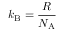
k _ { \mathrm { B } } = { \frac { R } { N _ { \mathrm { A } } } }